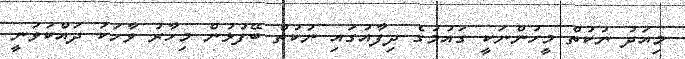
މިއަދު ނުކުތް މީހުންނަކީ ގައުމުގެ ދިފާއުގައި ނުކުތް ބޭފުޅުން މިހާރު ވާހަކަ ދަައްކަވަނީ